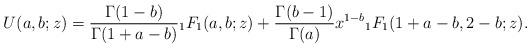
LaTeX: \begin{align*}U(a,b;z)=\frac{\Gamma(1-b)}{\Gamma(1+a-b)}{}_{1}F_{1}(a,b;z)+\frac{\Gamma(b-1)}{\Gamma(a)}x^{1-b}{}_{1}F_1(1+a-b,2-b;z).\end{align*}